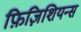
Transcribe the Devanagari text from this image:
फ़िज़िशियन्स